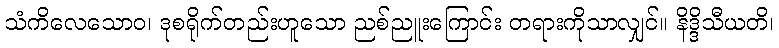
သံကိလေသောဝ၊ ဒုစရိုက်တည်းဟူသော ညစ်ညူးကြောင်း တရားကိုသာလျှင်။ နိဒ္ဒိသီယတိ၊